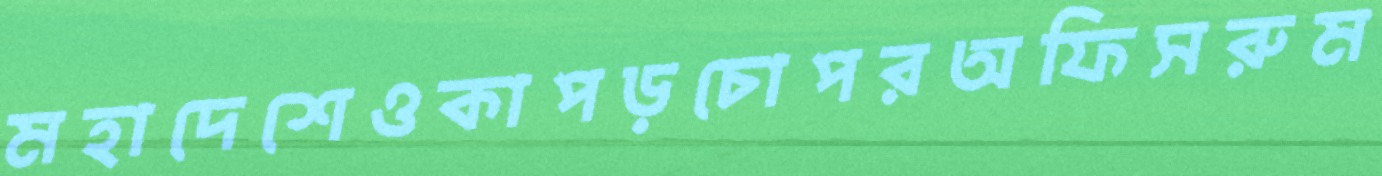
মহাদেশেওকাপড়চোপরঅফিসরুম